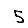
Digit: 5